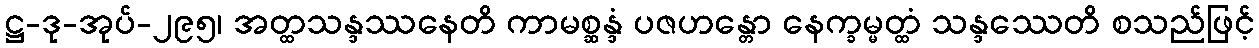
ဋ္ဌ-ဒု-အုပ်-၂၉၅၊ အတ္ထသန္ဒဿနေတိ ကာမစ္ဆန္ဒံ ပဇဟန္တော နေက္ခမ္မတ္ထံ သန္ဒဿေတိ စသည်ဖြင့်